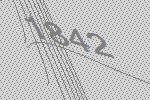
1842